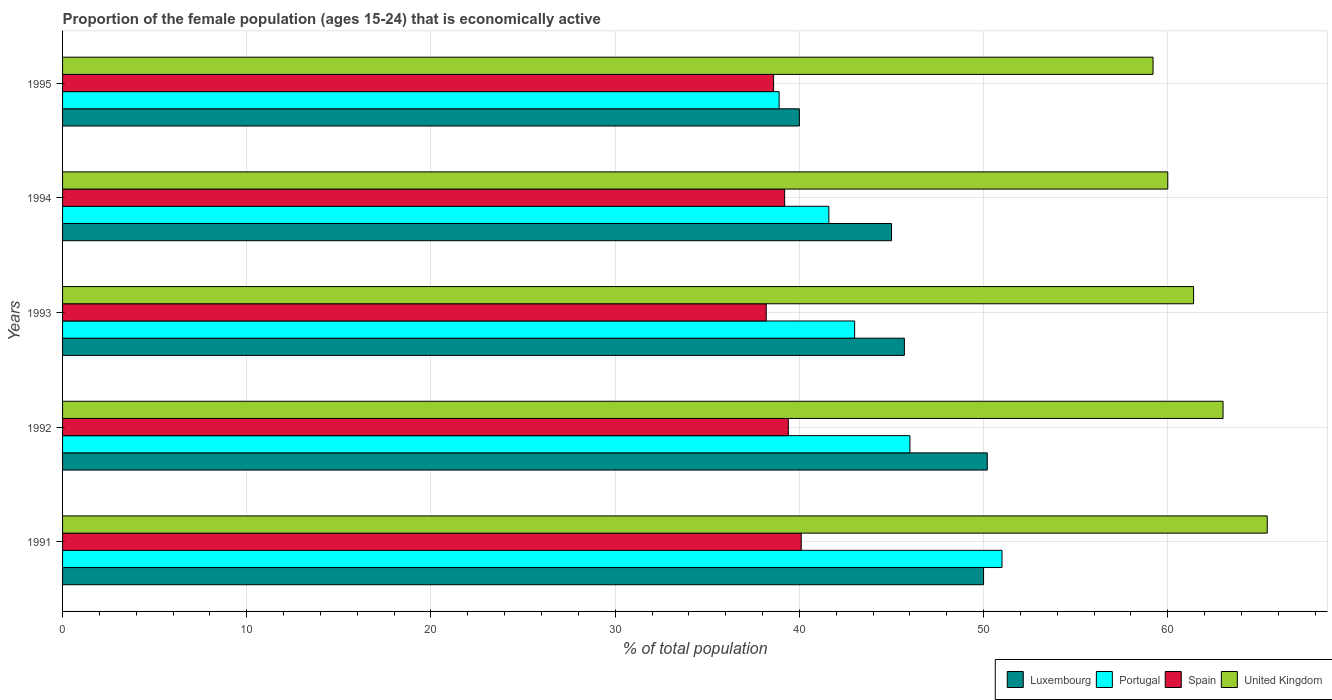
| Years | Luxembourg | Portugal | Spain | United Kingdom |
 | --- | --- | --- | --- | --- |
 | 1991 | 50 | 51 | 40.1 | 65.4 |
 | 1992 | 50.2 | 46 | 39.4 | 63 |
 | 1993 | 45.7 | 43 | 38.2 | 61.4 |
 | 1994 | 45 | 41.6 | 39.2 | 60 |
 | 1995 | 40 | 38.9 | 38.6 | 59.2 |